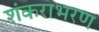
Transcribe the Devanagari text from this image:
शंकराभरण